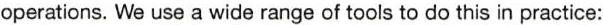
operations. We use a wide range of tools to do this in practice: